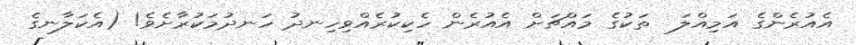
އެއުރެންގެ އަމިއްލަ  ތަކުގެ މައްޗަށް އެއުރެން ހެކިކުރެއްވިހިނދު ހަނދުމަކުރާށެވެ! (އެކަލާނގެ